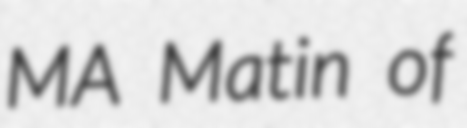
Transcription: MA Matin of